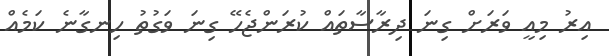
އިރު މިއީ ވަރަށް ގިނަ ދިރާސާތައް ކުރަންޖެހޭ ގިނަ ވަގުތު ހިނގާނެ ކަމެއް